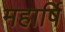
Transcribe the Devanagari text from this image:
महार्षि